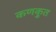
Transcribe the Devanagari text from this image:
कणकुत